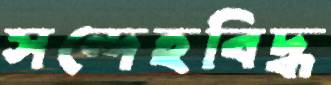
সন্দেহবিদ্ধ